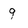
Character: 9